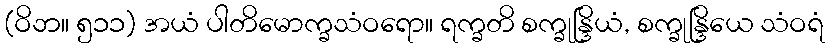
(ဝိဘ။ ၅၁၁) အယံ ပါတိမောက္ခသံဝရော။ ရက္ခတိ စက္ခုန္ဒြိယံ, စက္ခုန္ဒြိယေ သံဝရံ